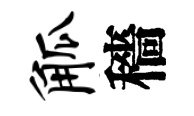
觚穡